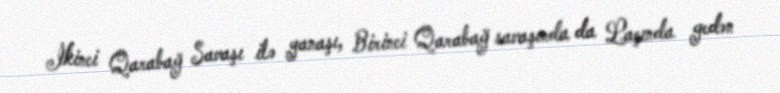
İkinci Qarabağ Savaşı ilə yanaşı, Birinci Qarabağ savaşında da Laçında gedən